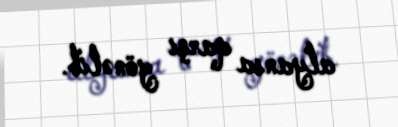
alyansa qarşı yönəlib.